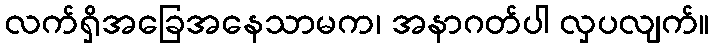
လက်ရှိအခြေအနေသာမက၊ အနာဂတ်ပါ လှပလျက်။